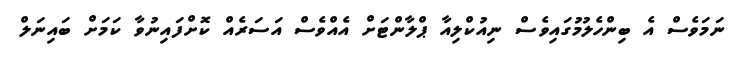
ނަމަވެސް އެ ބިންހެލުމުގައިވެސް ނިއުކްލިއާ ޕްލާންޓަށް އެއްވެސް އަސަރެއް ކޮށްފައިނުވާ ކަމަށް ބައިނަލް